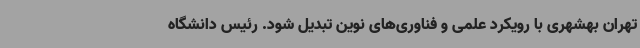
تهران بهشهری با رویکرد علمی و فناوری‌های نوین تبدیل شود. رئیس دانشگاه